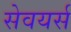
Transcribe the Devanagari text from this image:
सेवयर्स